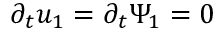
\partial _ { t } u _ { 1 } = \partial _ { t } \Psi _ { 1 } = 0